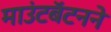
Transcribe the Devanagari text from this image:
माउंटबॅटनने